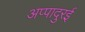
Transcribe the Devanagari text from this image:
अप्पादुरई